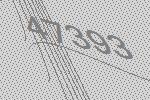
47393